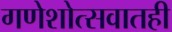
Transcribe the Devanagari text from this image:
गणेशोत्सवातही